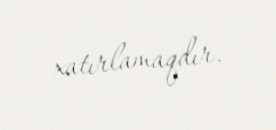
xatırlamaqdır.